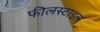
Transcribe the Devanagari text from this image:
फीलस्टाइल